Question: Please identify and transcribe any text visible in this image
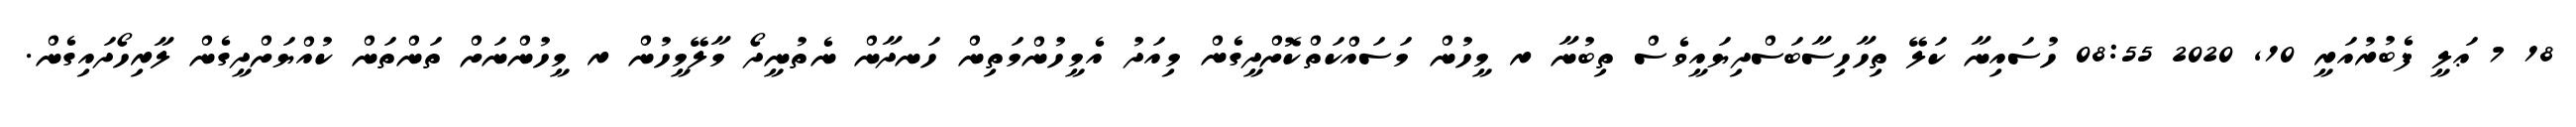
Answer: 18 7 ޢަލީ ފެބުރުއަރީ 10, 2020 08:55 ހުސައިނާ ކަލޭ ތިހާހިސާބަސްދިޔައީވެސް ތިބުނާ ރ މީހުން މަސައްކަތްކޮށްދީގެން މިއަދު އެމީހުންމަތިން ހަނދާން ނެތުނީދޯ މާލޭމީހުން ރ މީހުންނަށް ތަންތަން ކުއްޔަށްދީގެން ލާރިހޯދައިގެން.